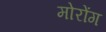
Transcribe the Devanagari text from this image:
मोरोंग